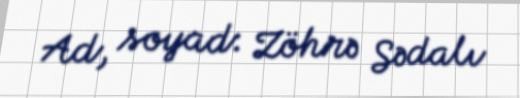
Ad, soyad: Zöhrə Sədalı